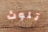
تلوث